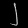
Digit: ၂